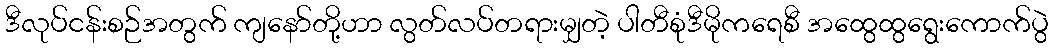
ဒီလုပ်ငန်းစဉ်အတွက် ကျနော်တို့ဟာ လွတ်လပ်တရားမျှတဲ့ ပါတီစုံဒီမိုကရေစီ အထွေထွရွေးကောက်ပွဲ